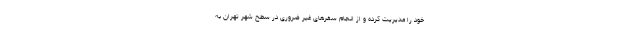
خود را مدیریت کرده و از انجام سفرهای غیر ضروری در سطح شهر تهران به